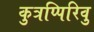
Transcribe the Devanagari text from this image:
कुत्रप्पिरिवु